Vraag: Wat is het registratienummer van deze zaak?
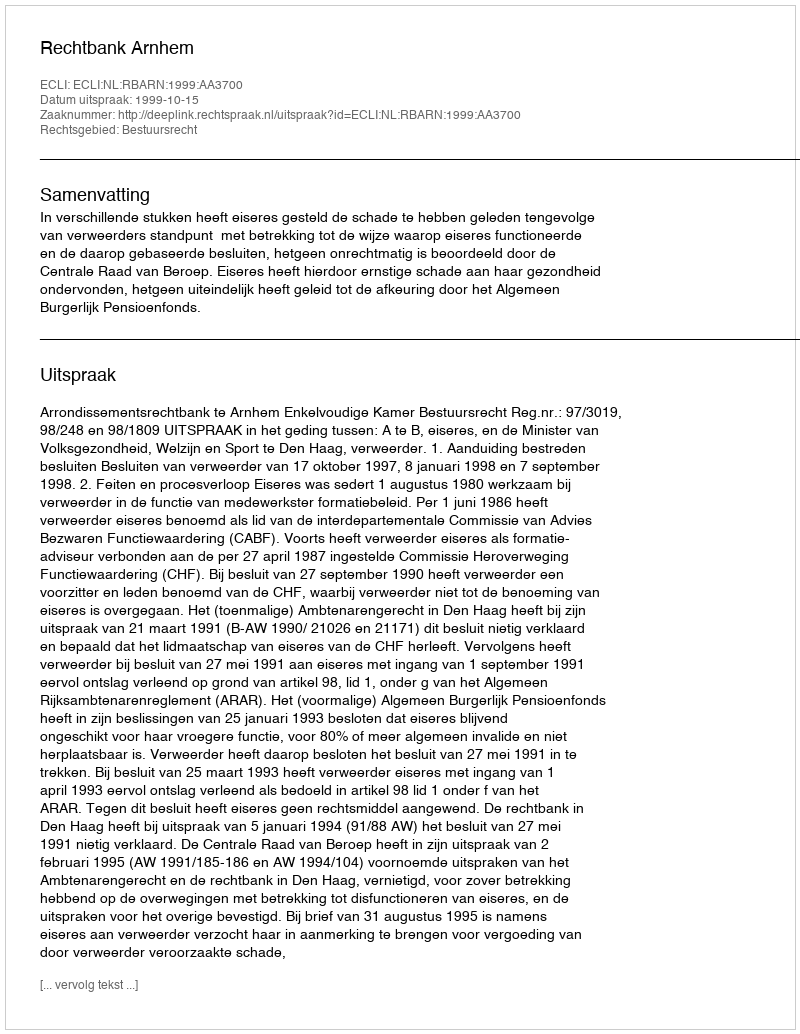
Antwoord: http://deeplink.rechtspraak.nl/uitspraak?id=ECLI:NL:RBARN:1999:AA3700